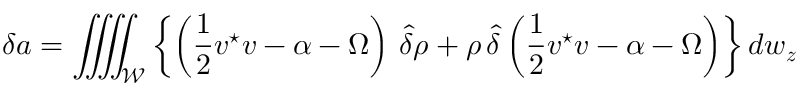
\delta a = \iiiint _ { \mathcal W } \left\{ \left( \frac { 1 } { 2 } { \boldsymbol v } ^ { \star } { \boldsymbol v } - \alpha - \Omega \right) \, \hat { \delta } \rho + \rho \, \hat { \delta } \left( \frac { 1 } { 2 } { \boldsymbol v } ^ { \star } { \boldsymbol v } - \alpha - \Omega \right) \right\} d w _ { \boldsymbol z }